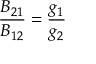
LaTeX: { \frac { B _ { 2 1 } } { B _ { 1 2 } } } = { \frac { g _ { 1 } } { g _ { 2 } } }